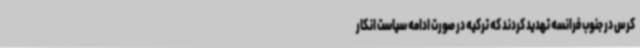
کرس در جنوب فرانسه تهدید کردند که ترکیه در صورت ادامه سیاست انکار